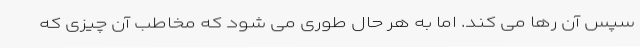
سپس آن رها می کند. اما به هر حال طوری می شود که مخاطب آن چیزی که